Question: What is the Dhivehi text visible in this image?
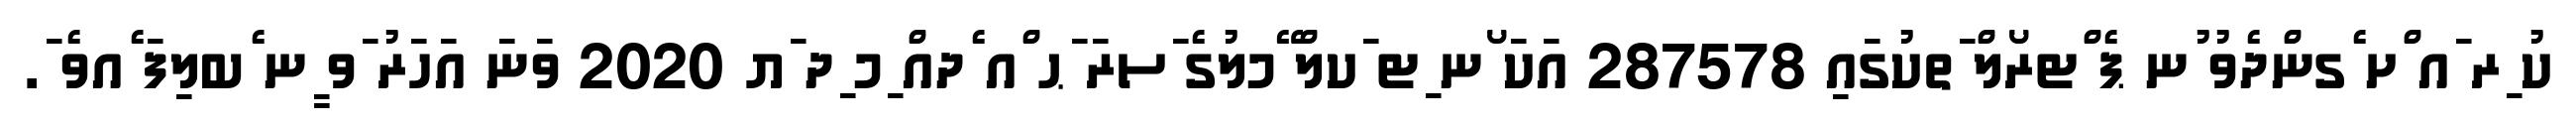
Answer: ކު ިރ ައ ްށ ެގންދެވު ުނ ޕެ ްޓރޯލް ަތކުގައި 287578 އަކަ ޯނ ިޓ ަކލް ޭމލުގެ ަސރަ ަޙ ްއ ެދއް ިމ ިދ ަޔ 2020 ވަނަ އަހަރު ަވ ީނ ެބލިފަ ެއވެ ަ.